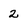
Character: 2